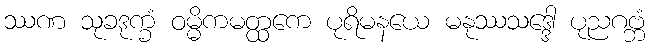
ဿဏ သုခဒုက္ခံ ဝမ္မိကမတ္ထကေ ပုရိမနယေ မနုဿသဒ္ဒေါ ပုညဂဗ္ဘံ